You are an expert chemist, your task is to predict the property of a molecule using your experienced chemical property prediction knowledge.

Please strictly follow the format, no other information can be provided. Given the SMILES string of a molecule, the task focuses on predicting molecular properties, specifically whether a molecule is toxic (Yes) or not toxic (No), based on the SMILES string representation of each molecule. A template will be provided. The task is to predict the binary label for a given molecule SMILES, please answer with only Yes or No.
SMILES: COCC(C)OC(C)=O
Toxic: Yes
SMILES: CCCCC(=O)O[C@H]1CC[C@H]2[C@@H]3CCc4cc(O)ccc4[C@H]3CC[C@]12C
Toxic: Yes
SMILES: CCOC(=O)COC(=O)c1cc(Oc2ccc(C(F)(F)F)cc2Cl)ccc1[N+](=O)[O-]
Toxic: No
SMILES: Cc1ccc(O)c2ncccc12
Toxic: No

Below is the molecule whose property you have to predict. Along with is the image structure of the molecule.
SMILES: N#CCCC#N
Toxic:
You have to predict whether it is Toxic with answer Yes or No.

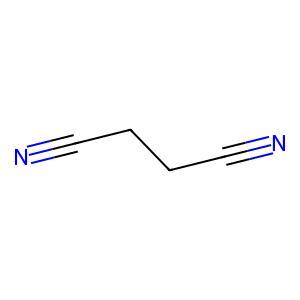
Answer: No